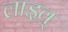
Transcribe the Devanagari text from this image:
लाइव्